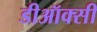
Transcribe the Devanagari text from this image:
डीऑक्सी